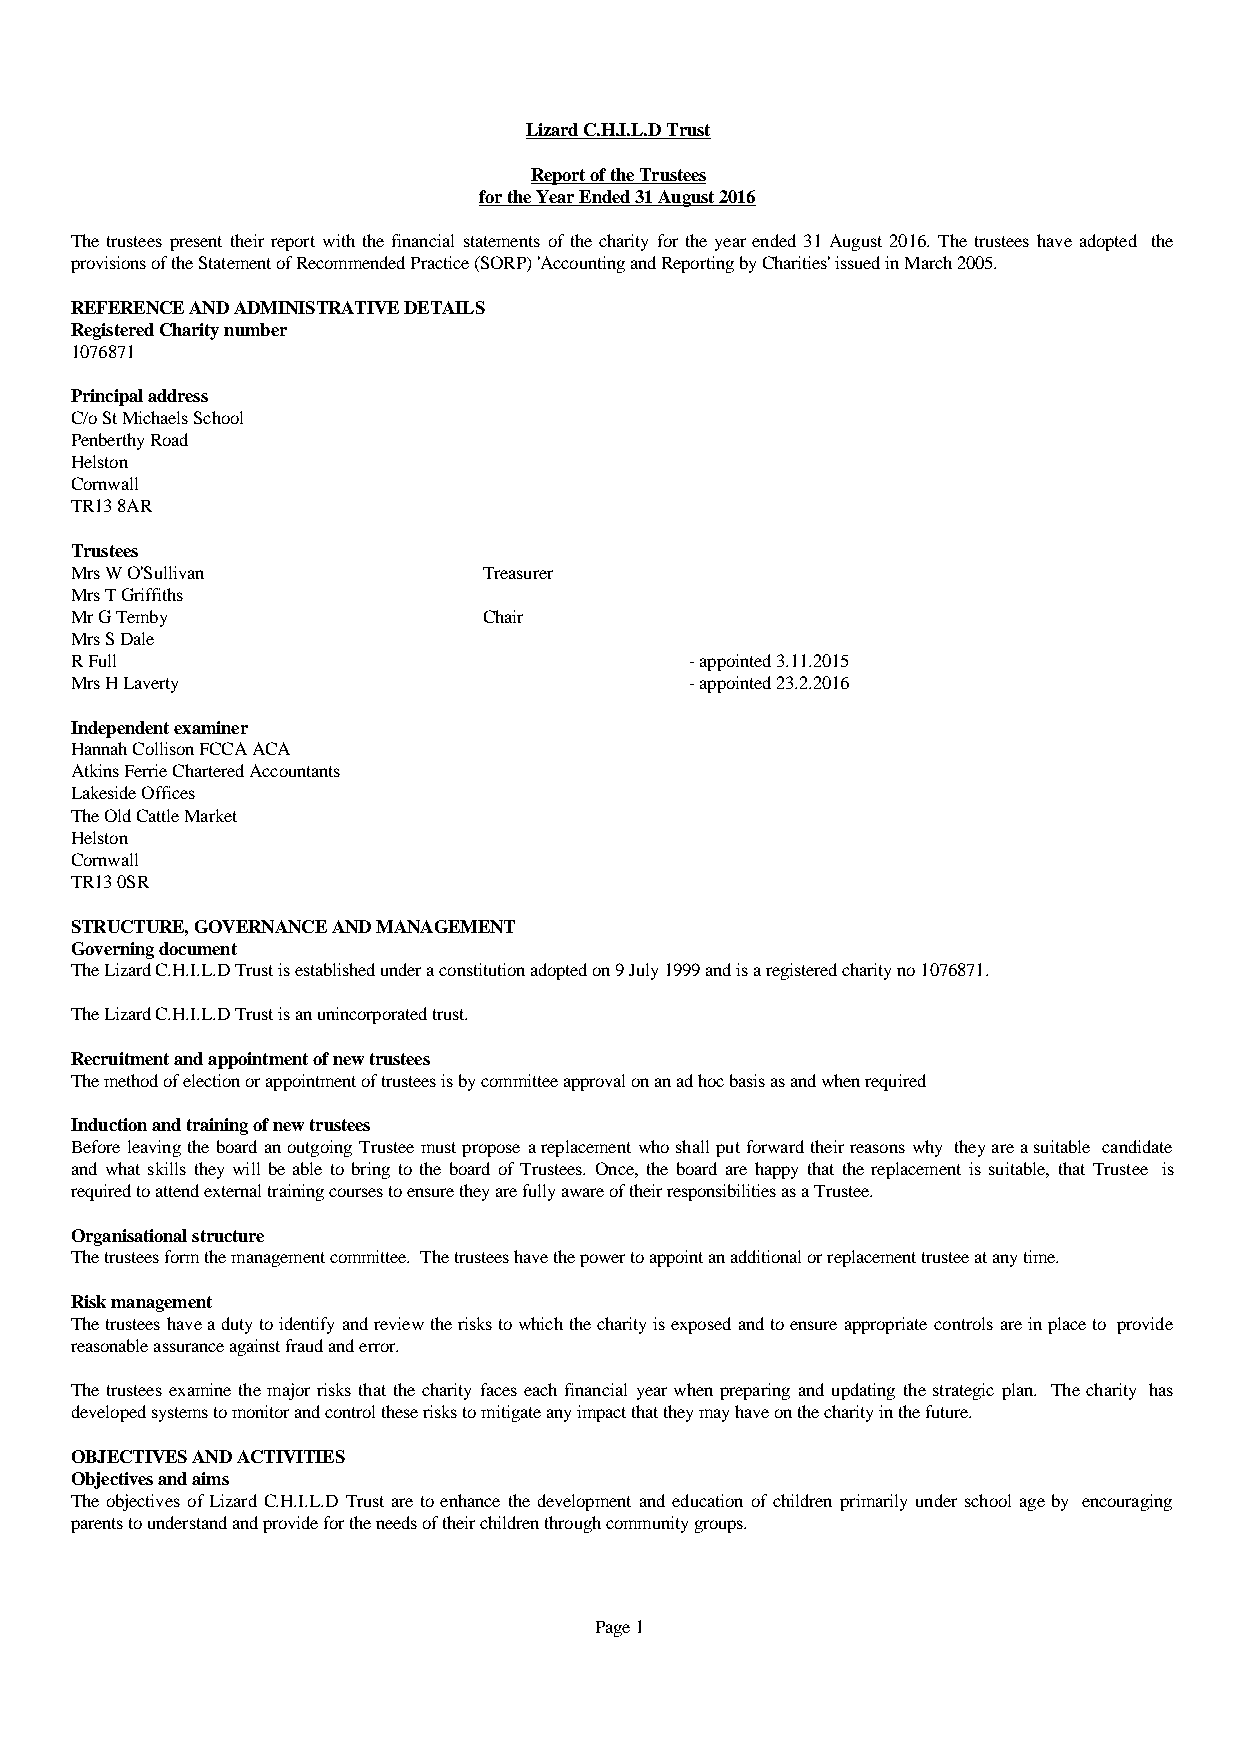
Lizard C.H.I.L.D Trust
 Report of the Trustees
 for the Year Ended 31 August 2016
 Thetrustees present their report withthe financialstatementsof the charityfor the yearended 31 August2016. Thetrustees haveadopted the
 provisions of the Statement of Recommended Practice (SORP) 'Accounting and Reporting by Charities' issued in March 2005.
 REFERENCE AND ADMINISTRATIVE DETAILS
 Registered Charity number
 1076871
 Principal address
 C/o St Michaels School
 Penberthy Road
 Helston
 Cornwall
 TR13 8AR
 Trustees
 Mrs W O'Sullivan           Treasurer
 Mrs T Griffiths
 Mr G Temby                 Chair
 Mrs S Dale
 R Full                                   - appointed 3.11.2015
 Mrs H Laverty                            - appointed 23.2.2016
 Independent examiner
 Hannah Collison FCCA ACA
 Atkins Ferrie Chartered Accountants
 Lakeside Offices
 The Old Cattle Market
 Helston
 Cornwall
 TR13 0SR
 STRUCTURE, GOVERNANCE AND MANAGEMENT
 Governing document
 The Lizard C.H.I.L.D Trust is established under a constitution adopted on 9 July 1999 and is a registered charity no 1076871.
 The Lizard C.H.I.L.D Trust is an unincorporated trust.
 Recruitment and appointment of new trustees
 The method of election or appointment of trustees is by committee approval on an ad hoc basis as and when required
 Induction and training of new trustees
 BeforeleavingtheboardanoutgoingTrusteemustproposeareplacementwhoshallputforwardtheirreasonswhy theyareasuitable candidate
 and what skills they will be able to bring to the board of Trustees. Once, the board are happy that the replacementis suitable, that Trustee is
 required to attend external training courses to ensure they are fully aware of their responsibilities as a Trustee.
 Organisational structure
 The trustees form the management committee. The trustees have the power to appoint an additional or replacement trustee at any time.
 Risk management
 Thetrusteeshaveadutytoidentifyandreviewtheriskstowhichthecharityisexposedandtoensureappropriatecontrolsareinplaceto provide
 reasonable assurance against fraud and error.
 Thetrusteesexaminethemajorrisksthatthecharityfaceseachfinancialyearwhenpreparingand updating thestrategicplan. Thecharity has
 developed systems to monitor and control these risks to mitigate any impact that they may have on the charity in the future.
 OBJECTIVES AND ACTIVITIES
 Objectives and aims
 TheobjectivesofLizardC.H.I.L.DTrustaretoenhancethedevelopmentandeducationofchildrenprimarilyunderschoolageby encouraging
 parents to understand and provide for the needs of their children through community groups.
 Page 1